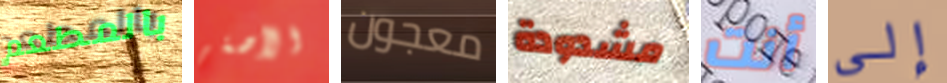
بالمطعم الأصغر معجون مشدودة أنت إلى